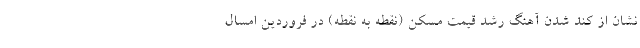
نشان از کُند شدن آهنگ رشد قیمت مسکن (نقطه به نقطه) در فروردین امسال